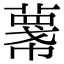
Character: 𢅓